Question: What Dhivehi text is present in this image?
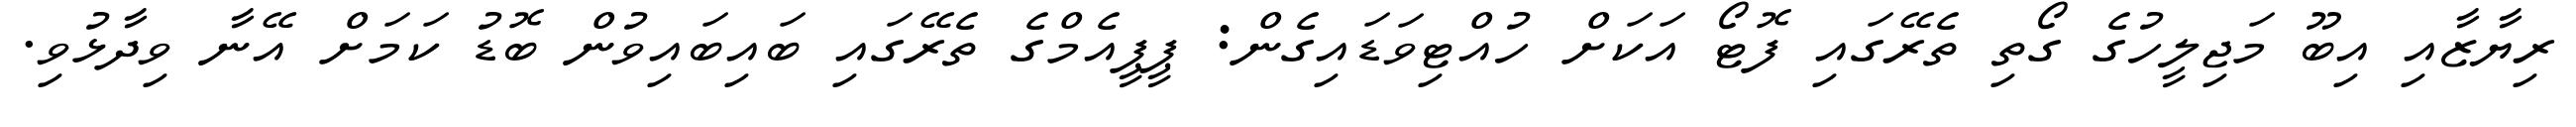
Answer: ރިޔާޒާއި އިބޫ މަޖިލީހުގެ ގޯތި ތެރޭގައި ފޮޓޯ އަކަށް ހުއްޓިވަޑައިގެން: ޕީޕީއެމްގެ ތެރޭގައި ބައިބައިވުން ބޮޑު ކަމަށް އޭނާ ވިދާޅުވި.